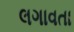
લગાવતા